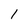
Character: 1